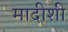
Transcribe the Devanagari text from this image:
मादीशी